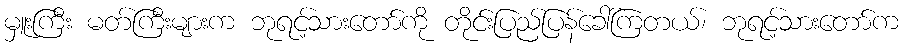
မှူးကြီး မတ်ကြီးများက ဘုရင့်သားတော်ကို တိုင်းပြည်ပြန်ခေါ်ကြတယ်၊ ဘုရင့်သားတော်က